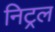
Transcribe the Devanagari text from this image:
निट्रल